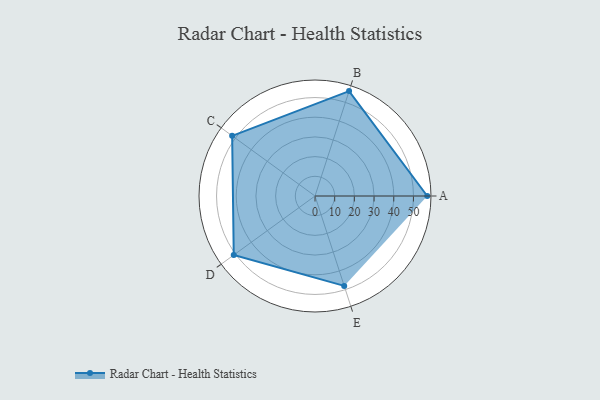
{"axis": {"x": "Skill", "y": "Score"}, "legend": ["Profile"], "data": [{"x": "A", "y": 57.0, "type": "Profile"}, {"x": "B", "y": 56.0, "type": "Profile"}, {"x": "C", "y": 52.0, "type": "Profile"}, {"x": "D", "y": 51.0, "type": "Profile"}, {"x": "E", "y": 48.0, "type": "Profile"}]}